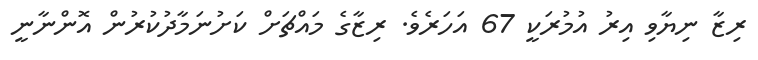
ރިޒާ ނިޔާވި އިރު އުމުރަކީ 67 އަހަރެވެ. ރިޒާގެ މައްޗަށް ކަށުނަމާދުކުރުން އޮންނާނީ